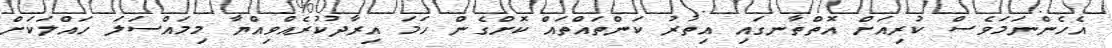
އެހެންނަމަވެސް ކުރިއަށް އޮތްތާނގައި އިތުރު ކަންތައްތައް ކޮށްގެން ހަމަ އިރާދުކުރެއްވިއްޔާ މިމައްސަލަ ހައްލަކަށް